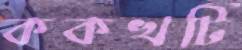
ককখটি